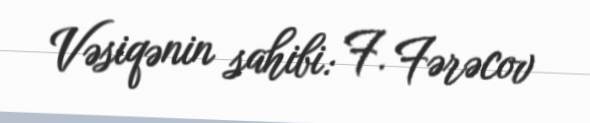
Vəsiqənin sahibi: F. Fərəcov